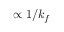
\propto 1 / k _ { f }